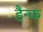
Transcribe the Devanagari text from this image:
हैन्क